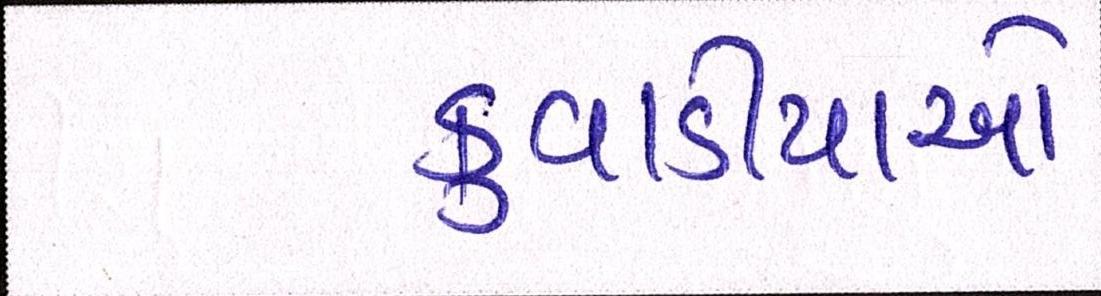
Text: કુવાડીયાઓ